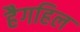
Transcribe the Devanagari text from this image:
हैगहिल